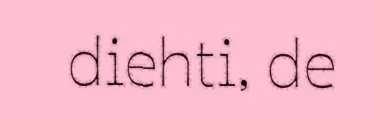
diehti, de